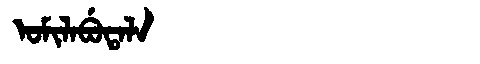
Manchu: ᠣᠮᡳᠯᠠᠪᡠᡨᠠᠯᠠ
Romanization: OMILABUTALA